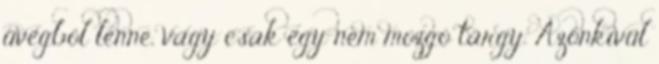
üvegböl lenne, vagy csak egy nem mozgó tárgy. Azonkivül